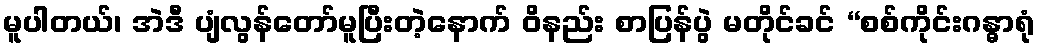
မူပါတယ်၊ အဲဒီ ပျံလွန်တော်မူပြီးတဲ့နောက် ဝိနည်း စာပြန်ပွဲ မတိုင်ခင် “စစ်ကိုင်းဂန္ဓာရုံ